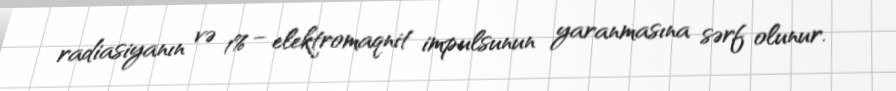
radiasiyanın və 1% – elektromaqnit impulsunun yaranmasına sərf olunur.